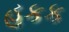
હકક